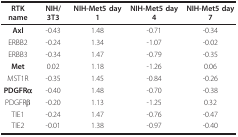
<table><thead><tr><td><b>RTK name</b></td><td><b>NIH/3T3</b></td><td><b>NIH-Met5 day 1</b></td><td><b>NIH-Met5 day 4</b></td><td><b>NIH-Met5 day 7</b></td></tr></thead><tbody><tr><td><b>Axl</b></td><td>-0.43</td><td>1.48</td><td>-0.71</td><td>-0.34</td></tr><tr><td>ERBB2</td><td>-0.24</td><td>1.34</td><td>-1.07</td><td>-0.02</td></tr><tr><td>ERBB3</td><td>-0.34</td><td>1.47</td><td>-0.79</td><td>-0.35</td></tr><tr><td><b>Met</b></td><td>0.02</td><td>1.18</td><td>-1.26</td><td>0.06</td></tr><tr><td>MST1R</td><td>-0.35</td><td>1.45</td><td>-0.84</td><td>-0.26</td></tr><tr><td><b>PDGFRα</b></td><td>-0.40</td><td>1.48</td><td>-0.70</td><td>-0.38</td></tr><tr><td>PDGFRβ</td><td>-0.20</td><td>1.13</td><td>-1.25</td><td>0.32</td></tr><tr><td>TIE1</td><td>-0.24</td><td>1.47</td><td>-0.76</td><td>-0.47</td></tr><tr><td>TIE2</td><td>-0.01</td><td>1.38</td><td>-0.97</td><td>-0.40</td></tr></tbody></table>